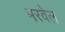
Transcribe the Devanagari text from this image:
भरवेल